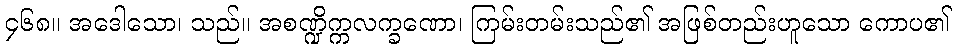
၄၆၈။ အဒေါသော၊ သည်။ အစဏ္ဍိက္ကလက္ခဏော၊ ကြမ်းတမ်းသည်၏ အဖြစ်တည်းဟူသော ကောပ၏